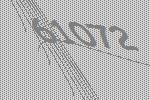
61072